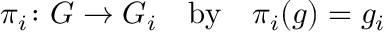
\pi _ { i } \colon G \to G _ { i } \quad \mathrm { b y } \quad \pi _ { i } ( g ) = g _ { i }